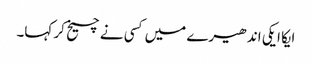
ایکا ایکی اندھیرے میں کسی نے چیخ کر کہا۔